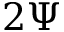
2 \Psi